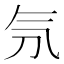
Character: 𣱕